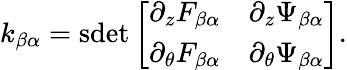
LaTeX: k_{\beta\alpha}=\mathrm{sdet}\left[\begin{array}{cc}{{\partial_{z}F_{\beta\alpha}}}&{{\partial_{z}\Psi_{\beta\alpha}}}\\ {{\partial_{\theta}F_{\beta\alpha}}}&{{\partial_{\theta}\Psi_{\beta\alpha}}}\end{array}\right].